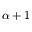
\boldsymbol \alpha + 1